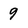
Character: 9